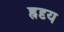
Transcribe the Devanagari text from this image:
ह्रदृय